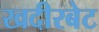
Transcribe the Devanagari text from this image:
खदीरबेट